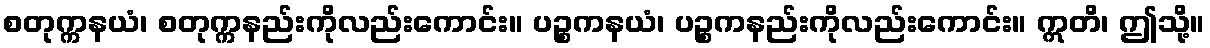
စတုက္ကနယံ၊ စတုက္ကနည်းကိုလည်းကောင်း။ ပဉ္စကနယံ၊ ပဉ္စကနည်းကိုလည်းကောင်း။ ဣတိ၊ ဤသို့။